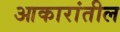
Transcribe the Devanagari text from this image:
आकारांतील